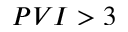
P V I > 3